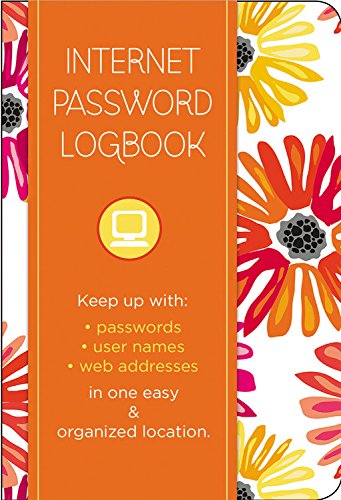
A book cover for Internet Password Logbook - Botanical Edition: Keep track of: usernames, passwords, web addresses in one easy & organized location; Billie Brownell; Computers & Technology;